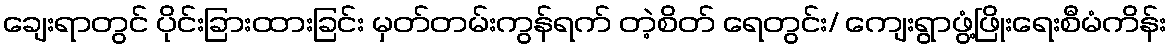
ချေးရာတွင် ပိုင်းခြားထားခြင်း မှတ်တမ်းကွန်ရက် တဲ့စိတ် ရေတွင်း/ ကျေးရွာဖွံ့ဖြိုးရေးစီမံကိန်း